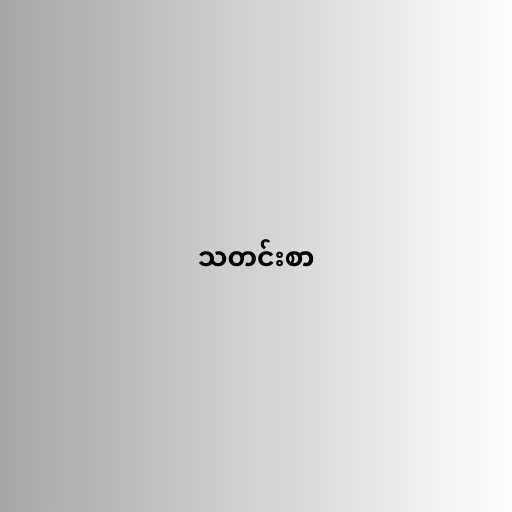
သတင်းစာ